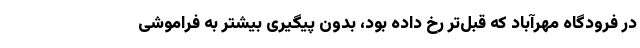
در فرودگاه مهرآباد که قبل‌تر رخ داده بود، بدون پیگیری بیشتر به فراموشی